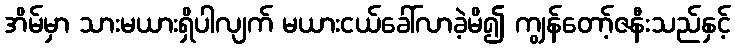
အိမ်မှာ သားမယားရှိပါလျက် မယားငယ်ခေါ်လာခဲ့မိ၍ ကျွန်တော့်ဇနီးသည်နှင့်